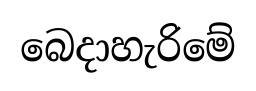
බෙදාහැරිමේ